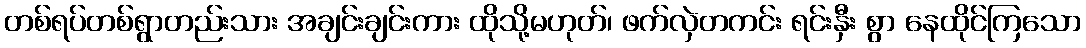
တစ်ရပ်တစ်ရွာတည်းသား အချင်းချင်းကား ထိုသို့မဟုတ်၊ ဖက်လှဲတကင်း ရင်းနှီး စွာ နေထိုင်ကြသော